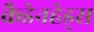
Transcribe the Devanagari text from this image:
कैडेनहेड्स